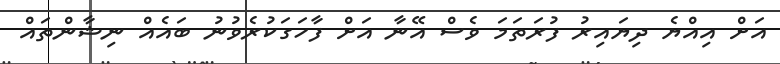
އަށް އިއްޔެ ދިޔައިރު ފުރަތަމަ ވެސް އޭނާ އަށް ފާހަގަކުރެވުނު ބައެއް ނިޝާންތައް